Report on the Civil Veterinary Department, Eastern Bengal and Assam - 1907-1911
Year: 1907
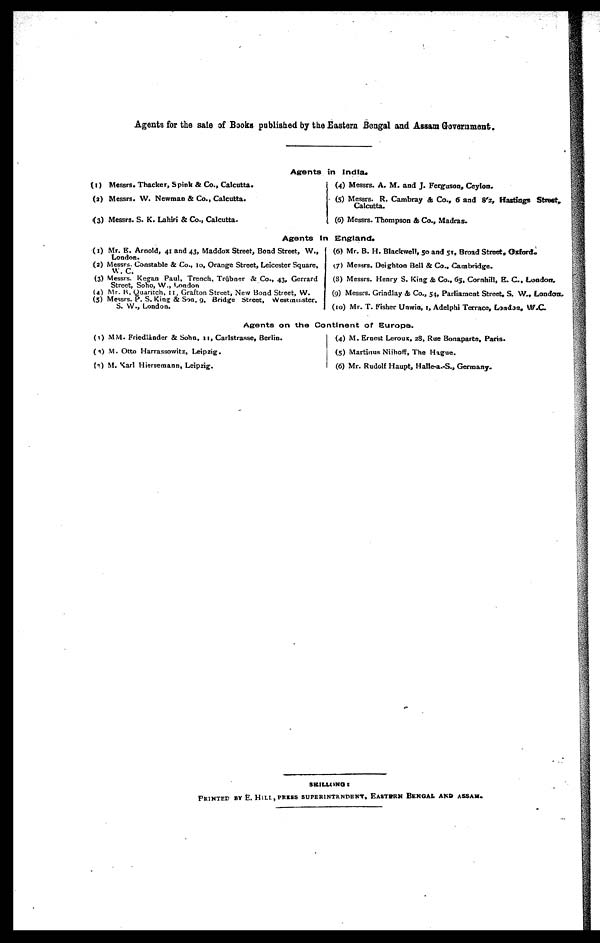
Agents for the sale of Books published by the Eastern Bengal and Assam Government.
Agents in India.
(1) Messrs. Thacker, Spink & Co., Calcutta.
(2) Messrs. W. Newman & Co., Calcutta.
(3) Messrs. S. K. Lahiri & Co., Calcutta.
(4) Messrs. A. M. and J. Ferguson, Ceylon.
(5) Messrs. R. Cambray & Co., 6 and 8'z, Hastings Street,
Calcutta.
(6) Messrs. Thompson & Co., Madras.
Agents In England.
(1) Mr. E. Arnold, 41 and 43, Maddox Street, Bond Street, W.,
London.
(2) Messrs. Constable & Co., 10, Orange Street, Leicester Square,
W. C.
(3) Messrs. Kegan Paul, Trench, Trubner & Co., 43, Gerrard
Street, Soho, W., London
(4) Mr. R. Quaritch, II, Grafton Street, New Bond Street, W.
(5) Messrs. P. S. King & Son. 9, Bridge Street, Westminster,
S. W., London.
(6) Mr. B. H. Blackwell, 50 and 51, Broad Street. Oxford.
7) Messrs. Deighton Bell & Co., Cambridge.
(8) Messrs. Henry S. King & Co., 65, Cornhill, E. C, London.
(9) Messrs. Grindlay & Co., 54, Parliament Street, S. W., London,
(10) Mr. T. Fisher Unwin, 1, Adelphi Terrace, Londan, W.C
Agents on the Continent of Europe.
(1) MM. Friedlander & Sohn, 11, Carlstrasse, Berlin.
(2) M. Otto Harrassowitz, Leipzig.
(3) M. Karl Hiersemann, Leipzig.
(4) M. Ernest Leroux, 28, Rue Bonaparte, Paris.
(5) Martinus Niihoff, The Hague.
(6) Mr. Rudolf Haupt, Halle-a.-S., Germany.
SHILLONG:
PRINTED BY E. HILL, PRESS SUPERITRNDENT, EASTBRN BENGAL AND ASSAM.